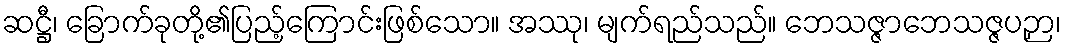
ဆဋ္ဌီ၊ ခြောက်ခုတို့၏ပြည့်ကြောင်းဖြစ်သော။ အဿု၊ မျက်ရည်သည်။ ဘေသဇ္ဇာဘေသဇ္ဇပဉှာ၊